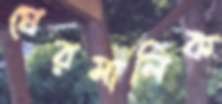
ঘেরমালিক